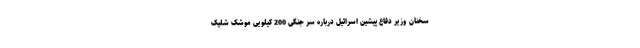
سخنان وزیر دفاع پیشین اسرائیل درباره سر جنگی 200 کیلویی موشک شلیک